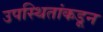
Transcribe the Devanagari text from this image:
उपस्थितांकडून